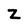
Character: Z